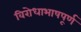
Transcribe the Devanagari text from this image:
विरोधाभाषपूर्ण